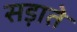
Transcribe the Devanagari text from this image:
सड़ाते